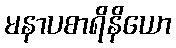
မနာပစာရိနိယော